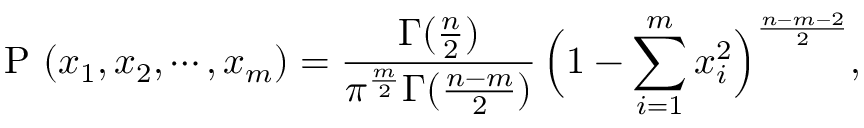
\mathrm { ~ P ~ } ( x _ { 1 } , x _ { 2 } , \cdots , x _ { m } ) = \frac { \Gamma ( \frac { n } { 2 } ) } { \pi ^ { \frac { m } { 2 } } \Gamma ( \frac { n - m } { 2 } ) } \, \Bigl ( 1 - \sum _ { i = 1 } ^ { m } x _ { i } ^ { 2 } \Bigr ) ^ { \frac { n - m - 2 } { 2 } } ,